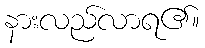
နားလည်လာရ၏။